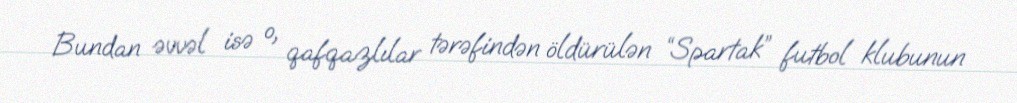
Bundan əvvəl isə o, qafqazlılar tərəfindən öldürülən “Spartak” futbol klubunun